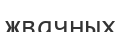
жвачных